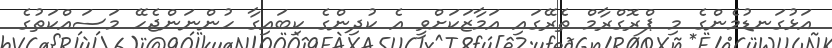
އަޅުގަނޑުމެންގެ މި ޕްރޮގްރާމް ތެރޭގައި އަމާޒަކަށްވީ އެ ކުދިންގެ ކިބައިގާ ހުންނަންޖެހޭ މަސައްކަތުގެ